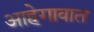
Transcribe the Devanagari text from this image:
आहेगावात